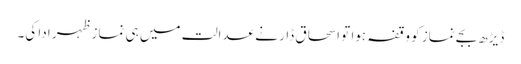
ڈیڑھ بجے نماز کو وقفہ ہوا تو اسحاق ڈار نے عدالت میں ہی نماز ظہر ادا کی۔